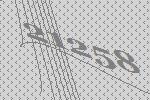
21258